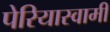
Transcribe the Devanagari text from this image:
पेरियास्वामी